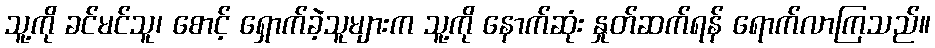
သူ့ကို ခင်မင်သူ၊ စောင့် ရှောက်ခဲ့သူများက သူ့ကို နောက်ဆုံး နှုတ်ဆက်ရန် ရောက်လာကြသည်။